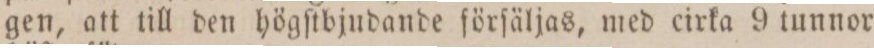
gen, att till den högſtbjudande förſäljas, med cirka 9 tunnor